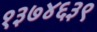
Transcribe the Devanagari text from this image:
१३७४६३९